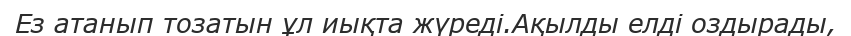
Ез атанып тозатын ұл иықта жүреді.Ақылды елді оздырады,